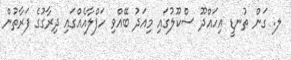
ލ. ގަން ތުނޑީ އިހައްދޫ ސްކޫލުގައި މިއަދު ބޭއްވި ހަފްލާއެއްގައި ދިރާގުގެ ފަރާތުން